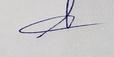
Signature authenticity: genuine